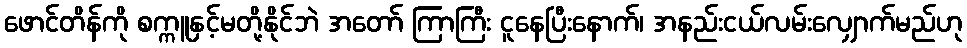
ဖောင်တိန်ကို စက္ကူနှင့်မတို့နိုင်ဘဲ အတော် ကြာကြီး ငူနေပြီးနောက်၊ အနည်းငယ်လမ်းလျှောက်မည်ဟု